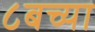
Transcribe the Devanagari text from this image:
८बच्या